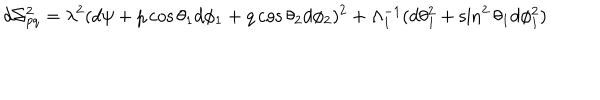
d \Sigma _ { p q } ^ { 2 } = \lambda ^ { 2 } ( d \psi + p \cos \theta _ { 1 } d \phi _ { 1 } + q \cos \theta _ { 2 } d \phi _ { 2 } ) ^ { 2 } + \Lambda _ { 1 } ^ { - 1 } ( d \theta _ { 1 } ^ { 2 } + \sin ^ { 2 } \theta _ { 1 } d \phi _ { 1 } ^ { 2 } )